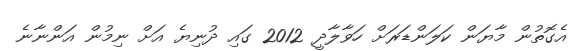
އެގޮތުން މާޔަން ކަލަންޑަރަށް ހަވާލާދީ 2012 ގައި ދުނިޔެ އަށް ނިމުން އަންނާނެ